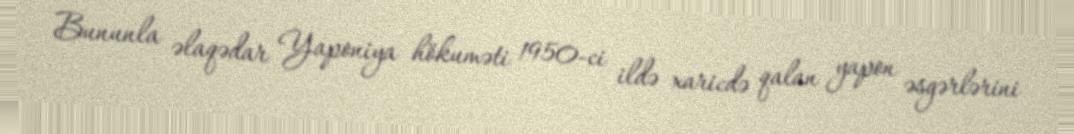
Bununla əlaqədar Yaponiya hökuməti 1950-ci ildə xaricdə qalan yapon əsgərlərini